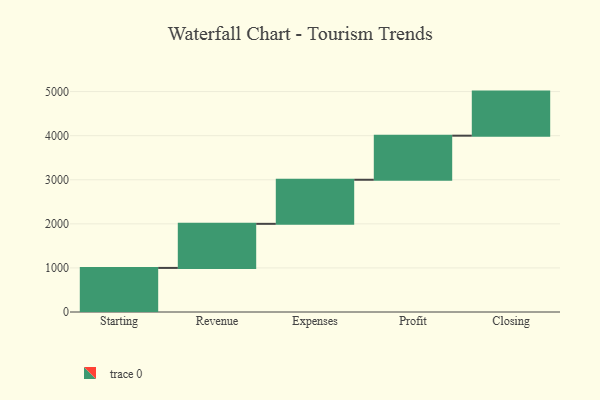
{"axis": {"x": "Step", "y": "Value"}, "legend": [""], "data": [{"x": "Starting", "y": 1000, "type": ""}, {"x": "Revenue", "y": 1000, "type": ""}, {"x": "Expenses", "y": 1000, "type": ""}, {"x": "Profit", "y": 1000, "type": ""}, {"x": "Closing", "y": 1000, "type": ""}]}